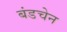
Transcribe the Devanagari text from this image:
बंडचेन